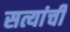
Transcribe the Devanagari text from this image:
सत्यांची